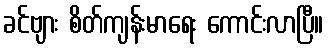
ခင်ဗျား စိတ်ကျန်းမာရေး ကောင်းလာပြီ။